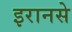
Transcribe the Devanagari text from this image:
इरानसे